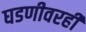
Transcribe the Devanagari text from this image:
घडणीवरही